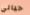
حيالي